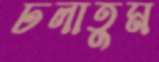
ঢলাতুম